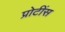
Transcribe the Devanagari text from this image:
प्रोटींस